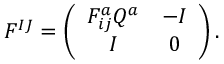
F ^ { I J } = \left( \begin{array} { c c } { { F _ { i j } ^ { a } Q ^ { a } } } & { { - I } } \\ { { I } } & { { 0 } } \end{array} \right) .